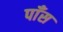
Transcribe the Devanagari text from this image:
पाँस